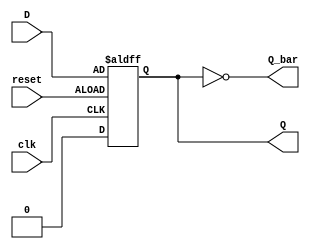
// Module Name: D_flip_flop
// Behavioral Modeling 
module D_flip_flop(Q, Q_bar, D, clk, reset);
	input D;
	input clk, reset;
	output reg Q;
	output Q_bar;
	
	always @(posedge clk, negedge reset)
		if (reset == 1) Q <= 1'b0;
		else Q <= D;		// Follow input D
		
	assign Q_bar = ~Q;
endmodule